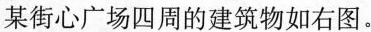
某街心广场四周的建筑物如右图。